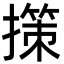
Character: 㩍